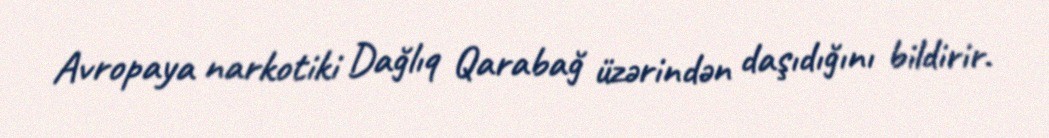
Avropaya narkotiki Dağlıq Qarabağ üzərindən daşıdığını bildirir.